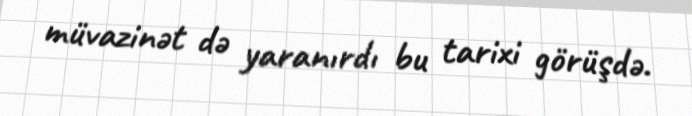
müvazinət də yaranırdı bu tarixi görüşdə.